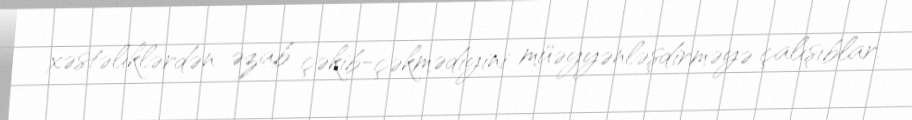
xəstəliklərdən əzab çəkib-çəkmədiyini müəyyənləşdirməyə çalışıblar.